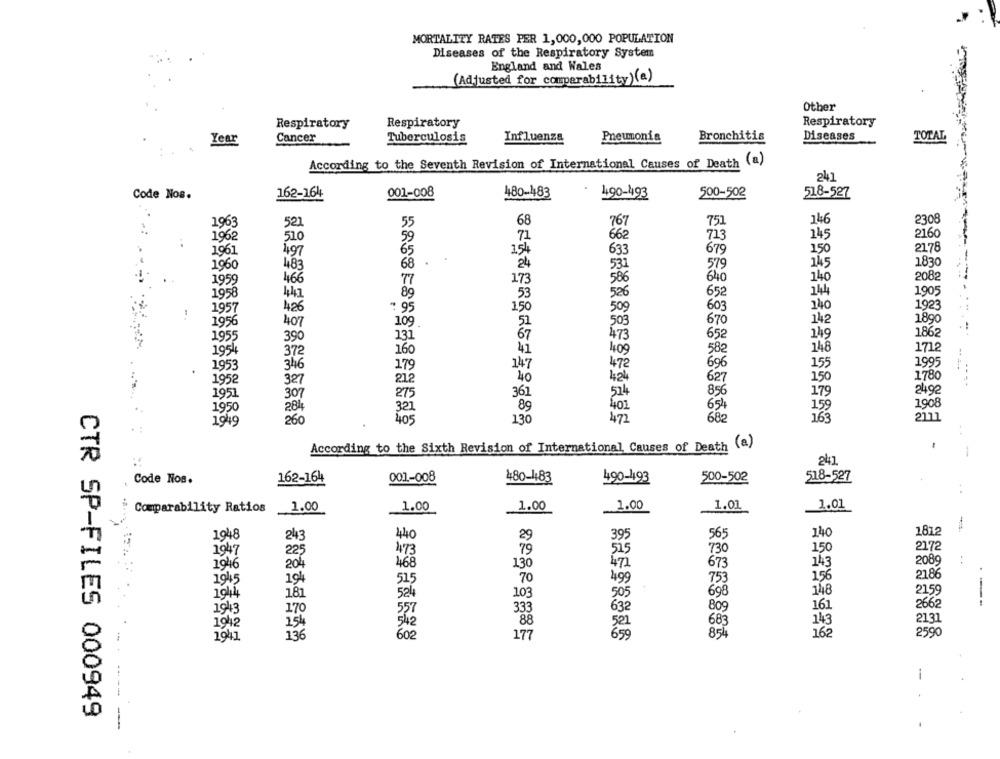
MORTALITY RATES PER 1,000,000 POPULATION
Diseases of the Respiratory System
England and Wales
(Adjusted for comparability)(a)
Other
Respiratory
Respiratory
Respiratory
Diseases
TOTAL
Year
Cancer
Tuberculosis
Influenza
Pneumonia
Bronchitis
According to the Seventh Revision of International Causes of Death (a)
241
Code Nos.
162-164
001-008
480-483
490-493
500-502
51.8-527
68
146
2308
1963
521
55
767
751
71
145
2160
1962
51.0
59
662
713
1961
497
154
679
150
21.78
65
633
68 .
24
145
1830
1960
483
531
579
1959
466
77
173
586
640
140
2082
1958
442
89
53
526
652
141
1905
1
1957
426
95
150
509
603
140
1923
142
1890
1956
407
109
503
670
149
1862
1959
390
131
473
652
41
148
1712
1954
372
160
409
582
155
1995
1953
346
179
147
472
696
1952
218
40
424
627
150
1780
327
1951
307
275
361
574
856
179
2492
1950
284
321
89
401
65 4
155
1908
163
2111
1949
260
405
130
472
682
According to the Sixth Revision of International Causes of Death (a)
241
Code Nos.
162-164
001-008
480-483
490-4193
500-502
51.8-527
Comparability Ratios
1.00
1.00
1.00
1.00
1.01.
1.01
1812
1948
243
440
29
395
565
140
2172
1947
225
473
79
515
730
150
2089
1946
204
468
130
472
673
143
156
21.86
1945
194
515
70
499
753
19/14
148
2159
181
524
103
505
698
1943
161
2662
170
557
632
809
1942
542
143
2131
154
683
136
602
177
69
854
162
2590
1941
-
CTR SP-FILES 000949